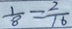
\frac { 1 } { 8 } = \frac { 2 } { 1 6 }